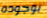
بوجوده